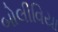
બોલીવિયા